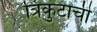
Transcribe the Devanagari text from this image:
त्रिकुटाची